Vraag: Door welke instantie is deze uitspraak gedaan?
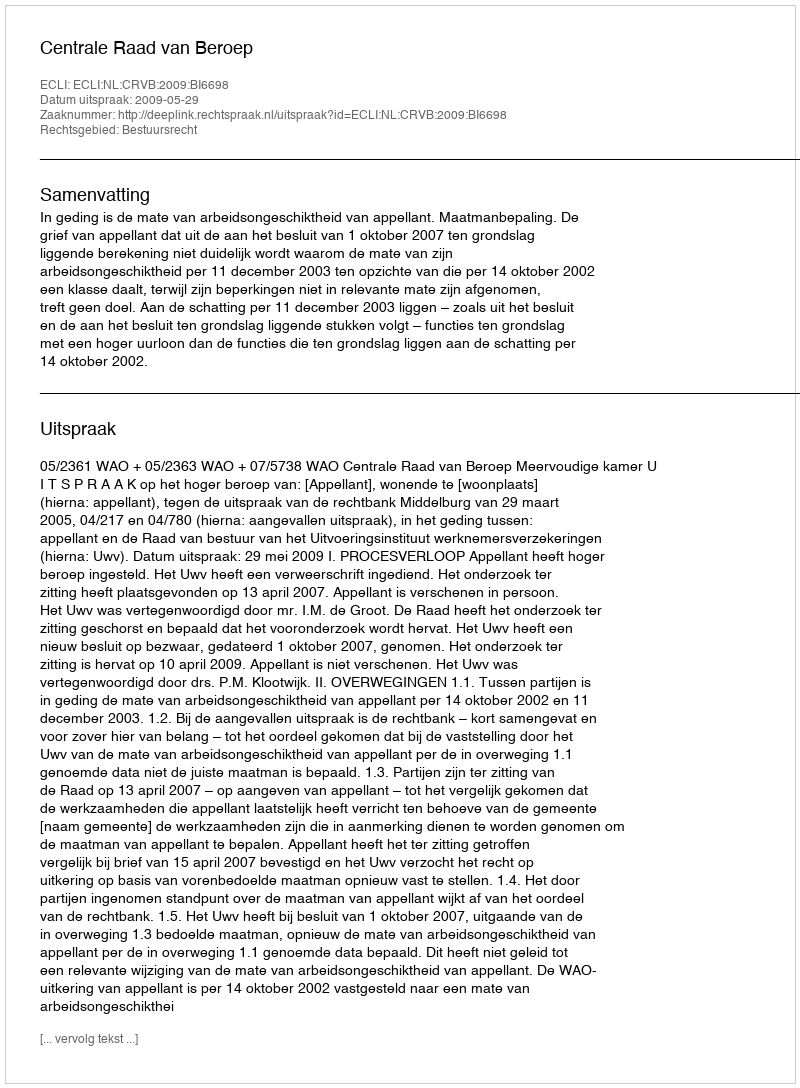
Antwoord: Centrale Raad van Beroep